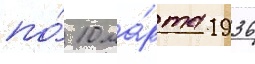
по́ 10 ма́рта 1936